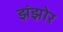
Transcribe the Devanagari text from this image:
झंझोर